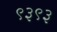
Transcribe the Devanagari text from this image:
९३९३